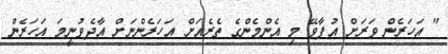
" އަހަރެން ވަރަށް އުފާވޭ މި އެންމެންގެ ތެރެއަށް އަހަރެންނަށް އާދެވުނީމަ އަހަރެން